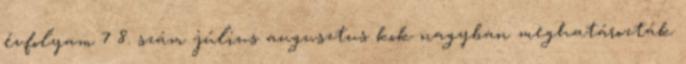
évfolyam 7 8. szám július augusztus kok nagyban meghatározták